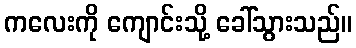
ကလေးကို ကျောင်းသို့ ခေါ်သွားသည်။